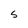
Character: S